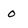
Character: 0